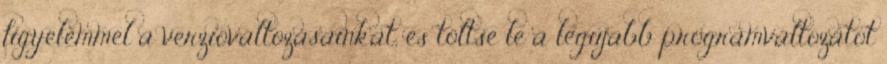
figyelemmel a verzióváltozásainkat, és töltse le a legújabb programváltozatot